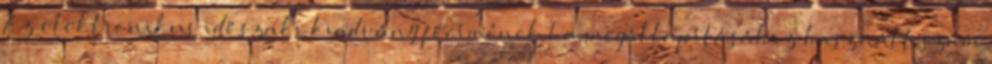
Az elektronikus időszaki kiadvány főcímének 1 a megállapításához használt szám